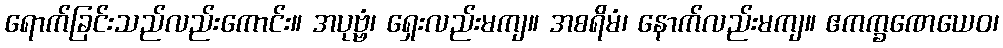
ရောက်ခြင်းသည်လည်းကောင်း။ အပုဗ္ဗံ၊ ရှေးလည်းမကျ။ အစရိမံ၊ နောက်လည်းမကျ။ ဧကက္ခဏေယေဝ၊